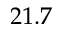
2 1 . 7